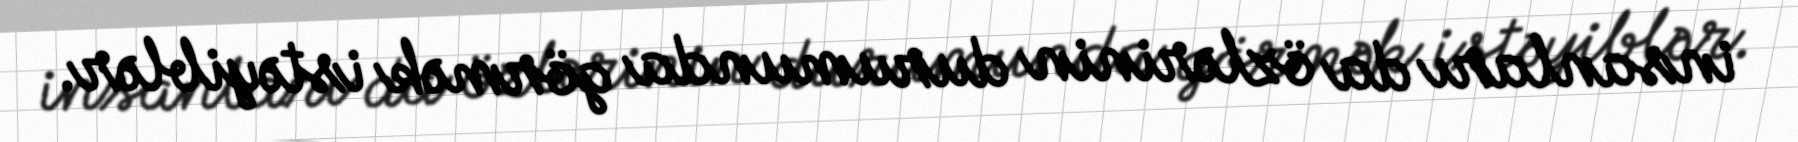
insanları da özlərinin durumunda görmək istəyiblər.